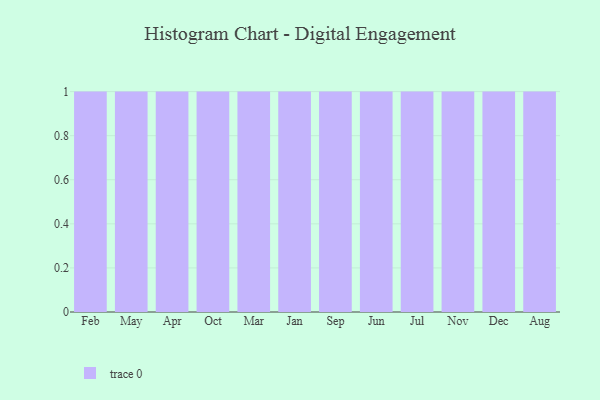
{"axis": {"x": "Month", "y": "Revenue (USD Million)"}, "legend": [""], "data": [{"x": "Feb", "y": 71, "type": ""}, {"x": "May", "y": 40, "type": ""}, {"x": "Apr", "y": 85, "type": ""}, {"x": "Oct", "y": 9, "type": ""}, {"x": "Mar", "y": 40, "type": ""}, {"x": "Jan", "y": 9, "type": ""}, {"x": "Sep", "y": 14, "type": ""}, {"x": "Jun", "y": 12, "type": ""}, {"x": "Jul", "y": 94, "type": ""}, {"x": "Nov", "y": 60, "type": ""}, {"x": "Dec", "y": 97, "type": ""}, {"x": "Aug", "y": 4, "type": ""}]}